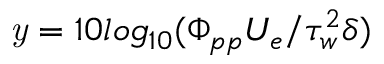
\mathit { y } = 1 0 l o g _ { 1 0 } ( \Phi _ { p p } U _ { e } / \tau _ { w } ^ { 2 } \delta )